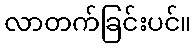
လာတက်ခြင်းပင်။